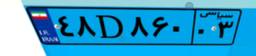
۴۸D۸۶۰۰۳